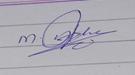
Signature authenticity: genuine